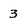
Character: 3